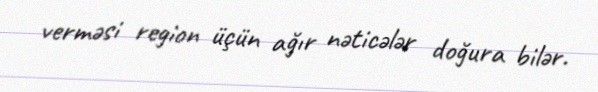
verməsi region üçün ağır nəticələr doğura bilər.